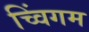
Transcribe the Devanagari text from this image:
च्विंगम